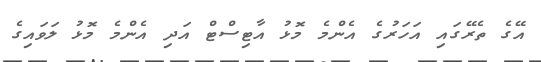
އޭގެ ތެރޭގައި އަހަރުގެ އެންމެ މޮޅު އާޓިސްޓް އަދި އެންމެ މޮޅު ލަވައިގެ